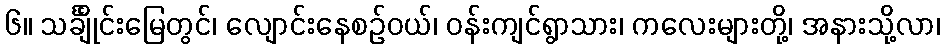
၆။ သင်္ချိုင်းမြေတွင်၊ လျောင်းနေစဉ်ဝယ်၊ ဝန်းကျင်ရွာသား၊ ကလေးများတို့၊ အနားသို့လာ၊